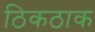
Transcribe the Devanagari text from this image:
ठिकठाक